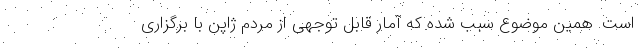
است. همین موضوع سبب شده که آمار قابل توجهی از مردم ژاپن با برگزاری